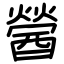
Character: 醟